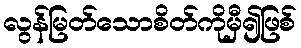
လွန်မြတ်သောစိတ်ကိုမှီ၍ဖြစ်